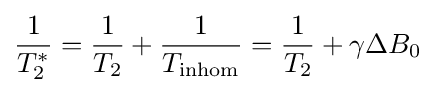
{\frac {1}{T_{2}^{*}}}={\frac {1}{T_{2}}}+{\frac {1}{T_{\rm {inhom}}}}={\frac {1}{T_{2}}}+\gamma \Delta B_{0}